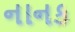
નાનક